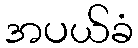
အပယ်ခံ